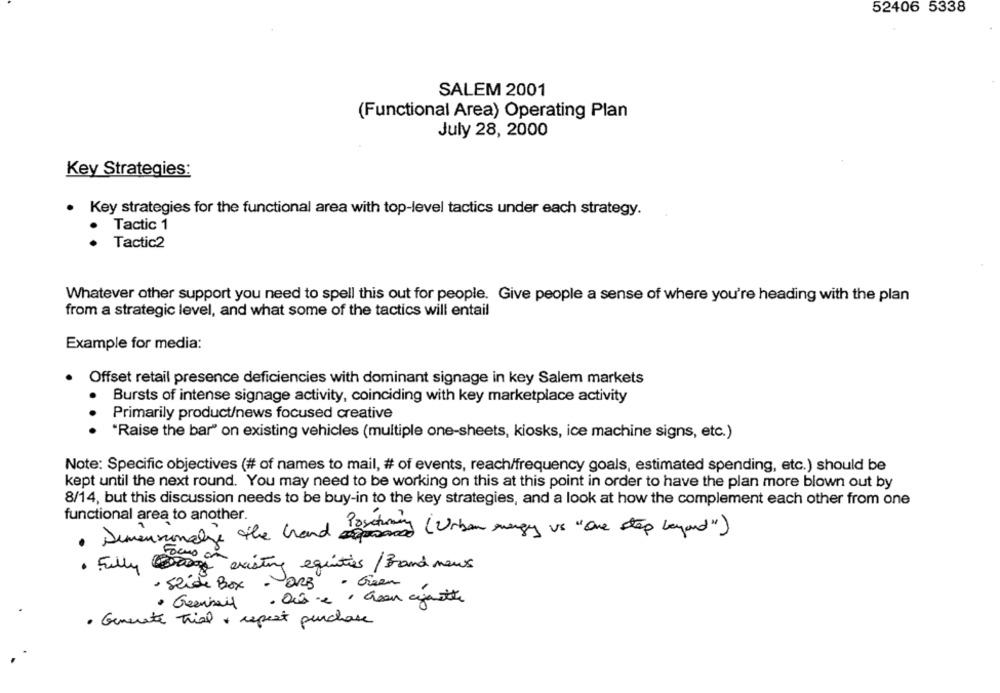
52406 5338
SALEM 2001
(Functional Area) Operating Plan
July 28, 2000
Key Strategies:
. Key strategies for the functional area with top-level tactics under each strategy.
Tactic 1
.
.
Tactic2
Whatever other support you need to spell this out for people. Give people a sense of where you're heading with the plan
from a strategic level, and what some of the tactics will entail
Example for media:
Offset retail presence deficiencies with dominant signage in key Salem markets
Bursts of intense signage activity, coinciding with key marketplace activity
Primarily product/news focused creative
...
"Raise the bar" on existing vehicles (multiple one-sheets, kiosks, ice machine signs, etc.)
Note: Specific objectives (# of names to mail, # of events, reach/frequency goals, estimated spending, etc.) should be
kept until the next round. You may need to be working on this at this point in order to have the plan more blown out by
8/14, but this discussion needs to be buy-in to the key strategies, and a look at how the complement each other from one
functional area to another.
· Dimensionalys the hand (Urban energy vs "One step beyond")
Focus on pristine equities / Brand meus
. Fully og
· Seide Box - ORB
- Green
· Geenmail. Ouise . Green agaete
· Generate trial + repost purchase